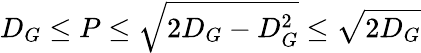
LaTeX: D_{G}\leq P\leq\sqrt{2D_{G}-D_{G}^{2}}\leq\sqrt{2D_{G}}